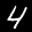
Label: 4